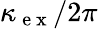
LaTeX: \kappa_{\mathrm{~e~x~}}/2\pi